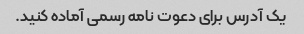
یک آدرس برای دعوت نامه رسمی آماده کنید.